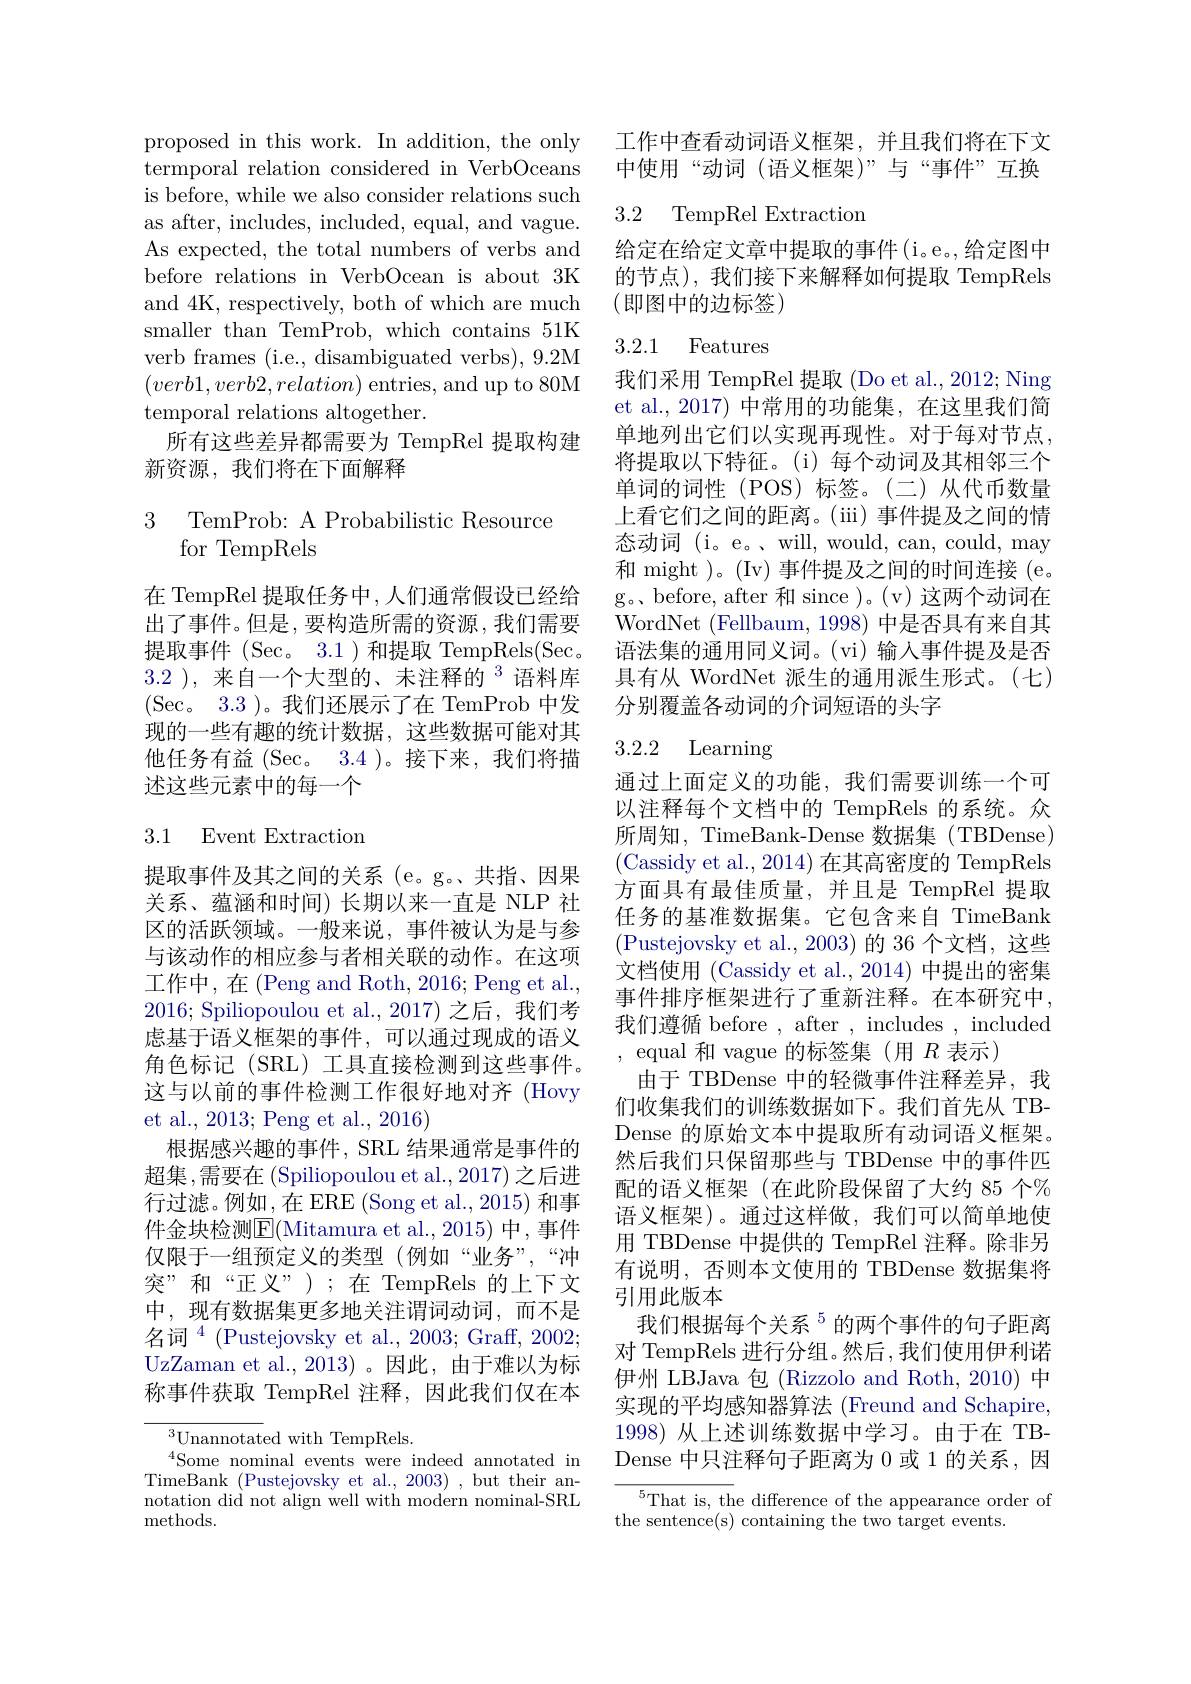
proposed in this work. In addition, the only termporal relation considered in VerbOceans is before, while we also consider relations such as after, includes, included, equal, and vague. As expected, the total numbers of verbs and before relations in VerbOcean is about 3K and 4K, respectively, both of which are much smaller than TemProb, which contains 51K verb frames (i.e., disambiguated verbs), 9.2M $(verb1,verb2,relation)$entries, and up to 80M temporal relations altogether.
所有这些差异都需要为 TempRel 提取构建
新资源，我们将在下面解释

3 TemProb: A Probabilistic Resource
## for TempRels

在 TempRel 提取任务中，人们通常假设已经给出了事件。但是，要构造所需的资源，我们需要提取事件 (Sec。3.1)和提取 TempRels(Sec. 3.2 ),来自一个大型的、未注释的$^{3}$语料库(Sec。3.3)。我们还展示了在 TemProb 中发现的一些有趣的统计数据，这些数据可能对其他任务有益(Sec。3.4 )。接下来，我们将描述这些元素中的每一个

## 3.1 Event Extraction

提取事件及其之间的关系(e。g。、共指、因果关系、蕴涵和时间)长期以来一直是 NLP 社区的活跃领域。一般来说，事件被认为是与参与该动作的相应参与者相关联的动作。在这项工作中，在(Peng and Roth, 2016; Peng et al., 2016; Spiliopoulou et al., 2017) 之后，我们考虑基于语义框架的事件，可以通过现成的语义角色标记 (SRL) 工具直接检测到这些事件。这与以前的事件检测工作很好地对齐(Hovy et al., 2013; Peng et al., 2016)
根据感兴趣的事件，SRL 结果通常是事件的超集，需要在(Spiliopoulou et al.,2017)之后进行过滤。例如，在 ERE (Song et al., 2015) 和事件金块检测$\boxed{\mathrm{F}}($Mitamura et al.,2015) 中，事件仅限于一组预定义的类型(例如“业务”,“冲突”和“正义”);在 TempRels 的上下文中，现有数据集更多地关注谓词动词，而不是名词$^4$(Pustejovsky et al.,2003;Graff,2002; UzZaman et al.,2013)。因此，由于难以为标称事件获取 TempRel 注释，因此我们仅在本

$^{3}{\mathrm{Unannotated~with~TempRels.}}$
$^{4}$Some nominal events were indeed annotated in TimeBank (Pustejovsky et al., 2003) , but their annotation did not align well with modern nominal-SRL ${\mathrm{methods.}}$

工作中查看动词语义框架，并且我们将在下文中使用“动词(语义框架)”与“事件”互换

## 3.2 TempRel Extraction

给定在给定文章中提取的事件(i。e。,给定图中的节点),我们接下来解释如何提取 TempRels (即图中的边标签)

3.2.1 Features

我们采用 TempRel 提取 (Do et al., 2012; Ning et al.,2017) 中常用的功能集，在这里我们简单地列出它们以实现再现性。对于每对节点， 将提取以下特征。(i)每个动词及其相邻三个单词的词性(POS)标签。(二)从代币数量上看它们之间的距离。( iii) 事件提及之间的情态动词 (i。e。、will, would, can, could, may 和 might )。(Iv) 事件提及之间的时间连接 (e。g。before, after 和 since )。(v)这两个动词在WordNet (Fellbaum,1998)中是否具有来自其语法集的通用同义词。(vi) 输人事件提及是否具有从 WordNet 派生的通用派生形式。(七) 分别覆盖各动词的介词短语的头字

# 3.2.2 Learning

通过上面定义的功能，我们需要训练一个可以注释每个文档中的 TempRels 的系统。众所周知，TimeBank-Dense 数据集(TBDense) (Cassidy et al., 2014) 在其高密度的 TempRels 方面具有最佳质量，并且是 TempRel 提取任务的基准数据集。它包含来自 TimeBank (Pustejovsky et al.,2003)的 36 个文档，这些文档使用 (Cassidy et al., 2014) 中提出的密集事件排序框架进行了重新注释。在本研究中， 我们遵循 before , after , includes , included , equal 和 vague 的标签集(用$R$表示)
由于 TBDense 中的轻微事件注释差异，我们收集我们的训练数据如下。我们首先从 TBDense 的原始文本中提取所有动词语义框架。然后我们只保留那些与 TBDense 中的事件匹配的语义框架(在此阶段保留了大约 85 个% 语义框架)。通过这样做，我们可以简单地使用 TBDense 中提供的 TempRel 注释。除非另有说明，否则本文使用的 TBDense 数据集将引用此版本
我们根据每个关系$^{5}$的两个事件的句子距离对 TempRels 进行分组。然后 ,我们使用伊利诺伊州 LBJava 包 (Rizzolo and Roth, 2010) 中实现的平均感知器算法 (Freund and Schapire, 1998) 从上述训练数据中学习。由于在 TBDense 中只注释句子距离为 0 或 1 的关系，因${}^{5}{\mathrm{That~is,~the~difference~of~the~appearance~order~of}}$

the sentence(s) containing the two target events.